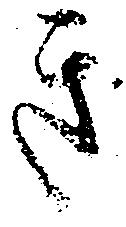
き